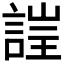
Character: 𲁫